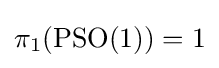
\pi _{1}(\operatorname {PSO} (1))=1